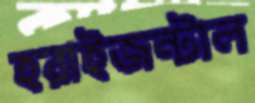
হরাইজন্টাল